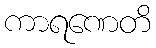
ကာရဏေတိ